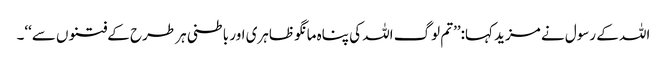
اللہ کے رسول نے مزید کہا:’’تم لوگ اللہ کی پناہ مانگو ظاہری اور باطنی ہر طرح کے فتنوں سے‘‘۔